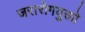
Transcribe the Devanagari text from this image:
जरारोगयुक्तो